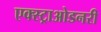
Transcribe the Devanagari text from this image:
एक्स्ट्राओडनरी